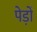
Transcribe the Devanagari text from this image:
पेड़ोँ